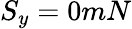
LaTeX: S_{y}=0mN